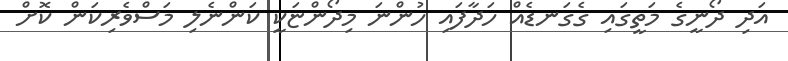
އަދި ދޯނީގެ މަތީގައި ގެގަނޑެއް ހަދާފައި ހުންނަ މިދޯންޏަކީ ކަންނެލި މަސްވެރިކަން ކޮށް